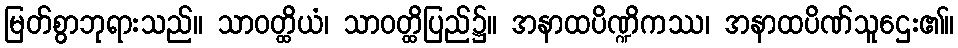
မြတ်စွာဘုရားသည်။ သာဝတ္ထိယံ၊ သာဝတ္ထိပြည်၌။ အနာထပိဏ္ဍိကဿ၊ အနာထပိဏ်သူဌေး၏။